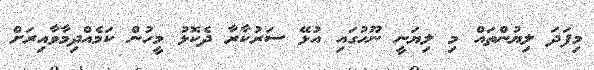
މިފަދަ ލިޔުންތައް މި ލިޔަނީ ނޫހުގައި އުޅޭ ސަރުކާރާ ދެކޮޅު މީހުން ކަމެއްދިމާވާއިރަށް